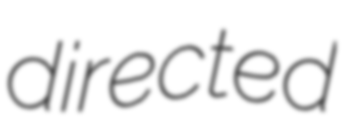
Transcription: directed